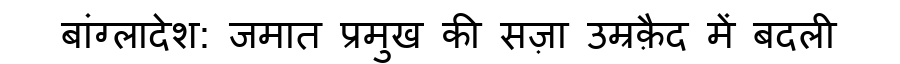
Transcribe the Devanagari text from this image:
बांग्लादेश: जमात प्रमुख की सज़ा उम्रक़ैद में बदली